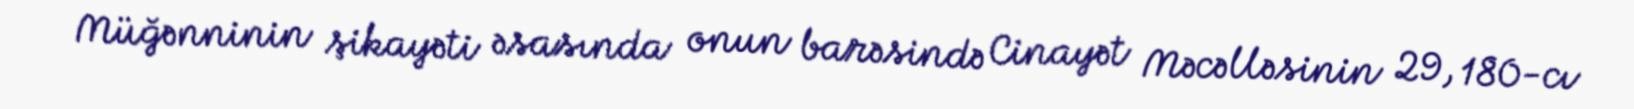
Müğənninin şikayəti əsasında onun barəsində Cinayət Məcəlləsinin 29, 180-cı